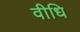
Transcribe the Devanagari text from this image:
वीधि